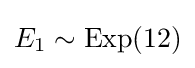
E_{1}\sim {\text{Exp}}(12)